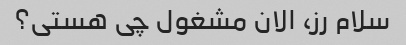
سلام رز، الان مشغول چی هستی؟